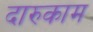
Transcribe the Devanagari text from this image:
दारुकाम